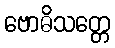
ဗောဓိသတ္တေ